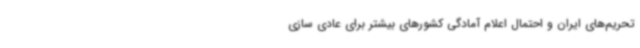
تحریم‌های ایران و احتمال اعلام آمادگی کشورهای بیشتر برای عادی سازی